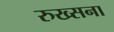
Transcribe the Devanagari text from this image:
रुख्सना